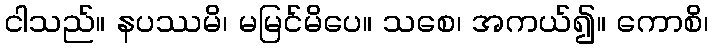
ငါသည်။ နပဿမိ၊ မမြင်မိပေ။ သစေ၊ အကယ်၍။ ကောစိ၊